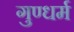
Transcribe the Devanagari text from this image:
गुण्धर्म